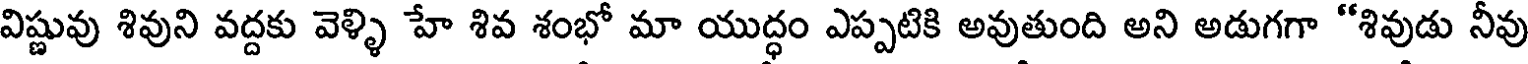
విష్ణువు శివుని వద్దకు వెళ్ళి హే శివ శంభో మా యుద్ధం ఎప్పటికి అవుతుంది అని అడుగగా "శివుడు నీవు